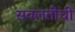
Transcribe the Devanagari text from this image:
सवलतीची